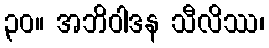
၃၀။ အဘိဝါဒန သီလိဿ၊